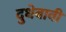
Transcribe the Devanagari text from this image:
दुधेबावी